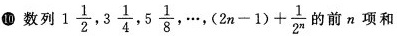
10数列1\frac{1}{2},3 \frac{1}{4},5 \frac{1}{8}, \cdots ,$$(2n-1)+ \frac{1}{2^{n}}$$的前n项和